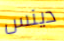
دينس